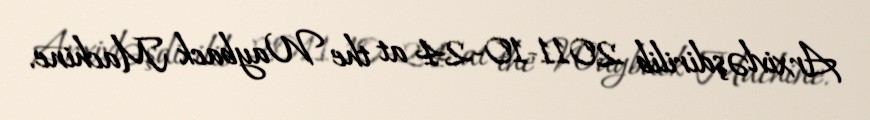
Arxivləşdirilib 2011-10-24 at the Wayback Machine.